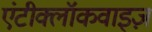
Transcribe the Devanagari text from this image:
एंटीक्लॉकवाइज़